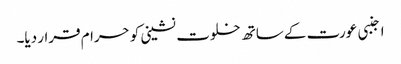
اجنبی عورت کے ساتھ خلوت نشینی کو حرام قرار دیا۔